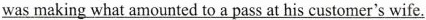
\underline{was making what amounted to a pass at his customer's wife.}